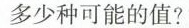
多少种可能的值?